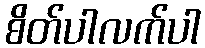
စိတ်ပါလက်ပါ